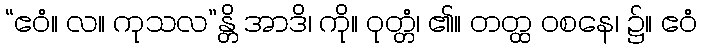
“ဧဝံ။ လ။ ကုသလ”န္တိ အာဒိ၊ ကို။ ဝုတ္တံ၊ ၏။ တတ္ထ ဝစနေ၊ ၌။ ဧဝံ